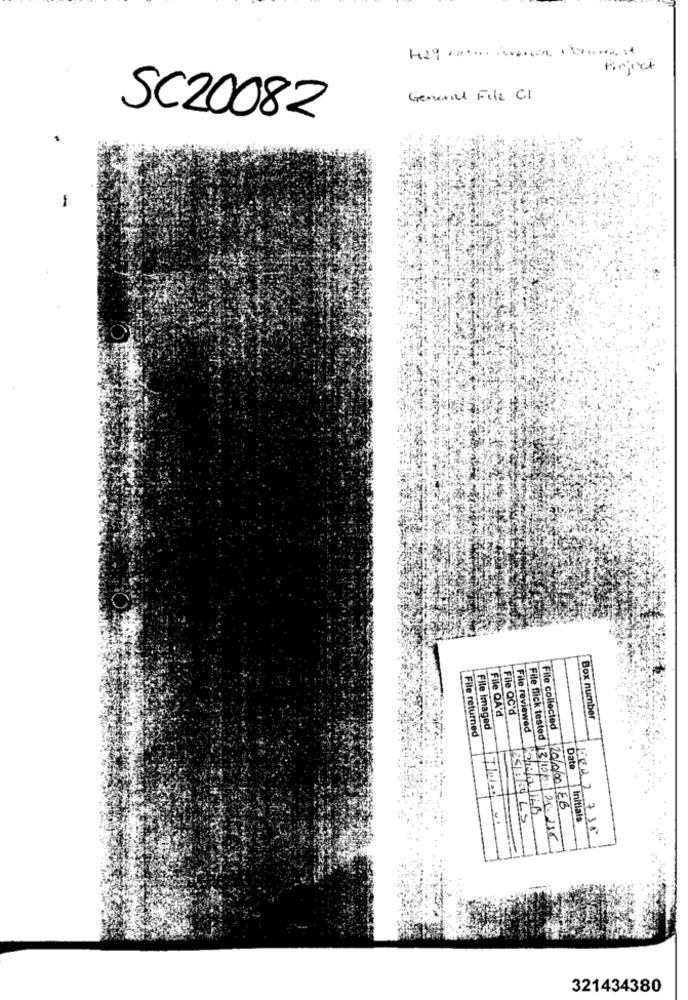
Pinjet
General File CI
SC20082
-
File QA'd
File QC'd
Box number
File Imaged
File reviewed
File collected
File returned
120/0601EB
Date Initials
KER 2 738
File flick tested 13/10/2 21.255
321434380